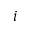
i